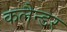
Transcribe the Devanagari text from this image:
कलैन्डर